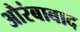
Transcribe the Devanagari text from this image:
औरंबाबाद